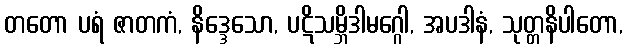
တတော ပရံ ဇာတကံ, နိဒ္ဒေသော, ပဋိသမ္ဘိဒါမဂ္ဂေါ, အပဒါနံ, သုတ္တနိပါတော,